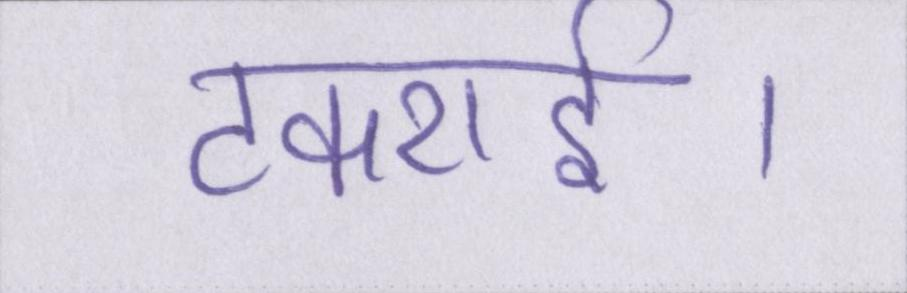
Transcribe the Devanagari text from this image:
टकराई।